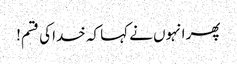
پھر انہوں نے کہا کہ خدا کی قسم!